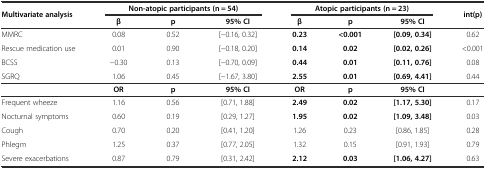
<table><thead><tr><td><b>Multivariate analysis</b></td><td colspan="3"><b>Non-atopic participants (n = 54)</b></td><td colspan="3"><b>Atopic participants (n = 23)</b></td><td><b>int(p)</b></td></tr><tr><td></td><td><b>β</b></td><td><b>p</b></td><td><b>95% CI</b></td><td><b>β</b></td><td><b>p</b></td><td><b>95% CI</b></td><td></td></tr></thead><tbody><tr><td>MMRC</td><td>0.08</td><td>0.52</td><td>[−0.16, 0.32]</td><td><b>0.23</b></td><td><b>&lt;0.001</b></td><td><b>[0.09, 0.34]</b></td><td>0.62</td></tr><tr><td>Rescue medication use</td><td>0.01</td><td>0.90</td><td>[−0.18, 0.20]</td><td><b>0.14</b></td><td><b>0.02</b></td><td><b>[0.02, 0.26]</b></td><td>&lt;0.001</td></tr><tr><td>BCSS</td><td>−0.30</td><td>0.13</td><td>[−0.70, 0.09]</td><td><b>0.44</b></td><td><b>0.01</b></td><td><b>[0.11, 0.76]</b></td><td>0.08</td></tr><tr><td>SGRQ</td><td>1.06</td><td>0.45</td><td>[−1.67, 3.80]</td><td><b>2.55</b></td><td><b>0.01</b></td><td><b>[0.69, 4.41]</b></td><td>0.44</td></tr><tr><td></td><td><b>OR</b></td><td><b>p</b></td><td><b>95% CI</b></td><td><b>OR</b></td><td><b>p</b></td><td><b>95% CI</b></td><td></td></tr><tr><td>Frequent wheeze</td><td>1.16</td><td>0.56</td><td>[0.71, 1.88]</td><td><b>2.49</b></td><td><b>0.02</b></td><td><b>[1.17, 5.30]</b></td><td>0.17</td></tr><tr><td>Nocturnal symptoms</td><td>0.60</td><td>0.19</td><td>[0.29, 1.27]</td><td><b>1.95</b></td><td><b>0.02</b></td><td><b>[1.09, 3.48]</b></td><td>0.03</td></tr><tr><td>Cough</td><td>0.70</td><td>0.20</td><td>[0.41, 1.20]</td><td>1.26</td><td>0.23</td><td>[0.86, 1.85]</td><td>0.28</td></tr><tr><td>Phlegm</td><td>1.25</td><td>0.37</td><td>[0.77, 2.05]</td><td>1.32</td><td>0.15</td><td>[0.91, 1.93]</td><td>0.79</td></tr><tr><td>Severe exacerbations</td><td>0.87</td><td>0.79</td><td>[0.31, 2.42]</td><td><b>2.12</b></td><td><b>0.03</b></td><td><b>[1.06, 4.27]</b></td><td>0.63</td></tr></tbody></table>